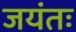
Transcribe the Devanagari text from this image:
जयंतः